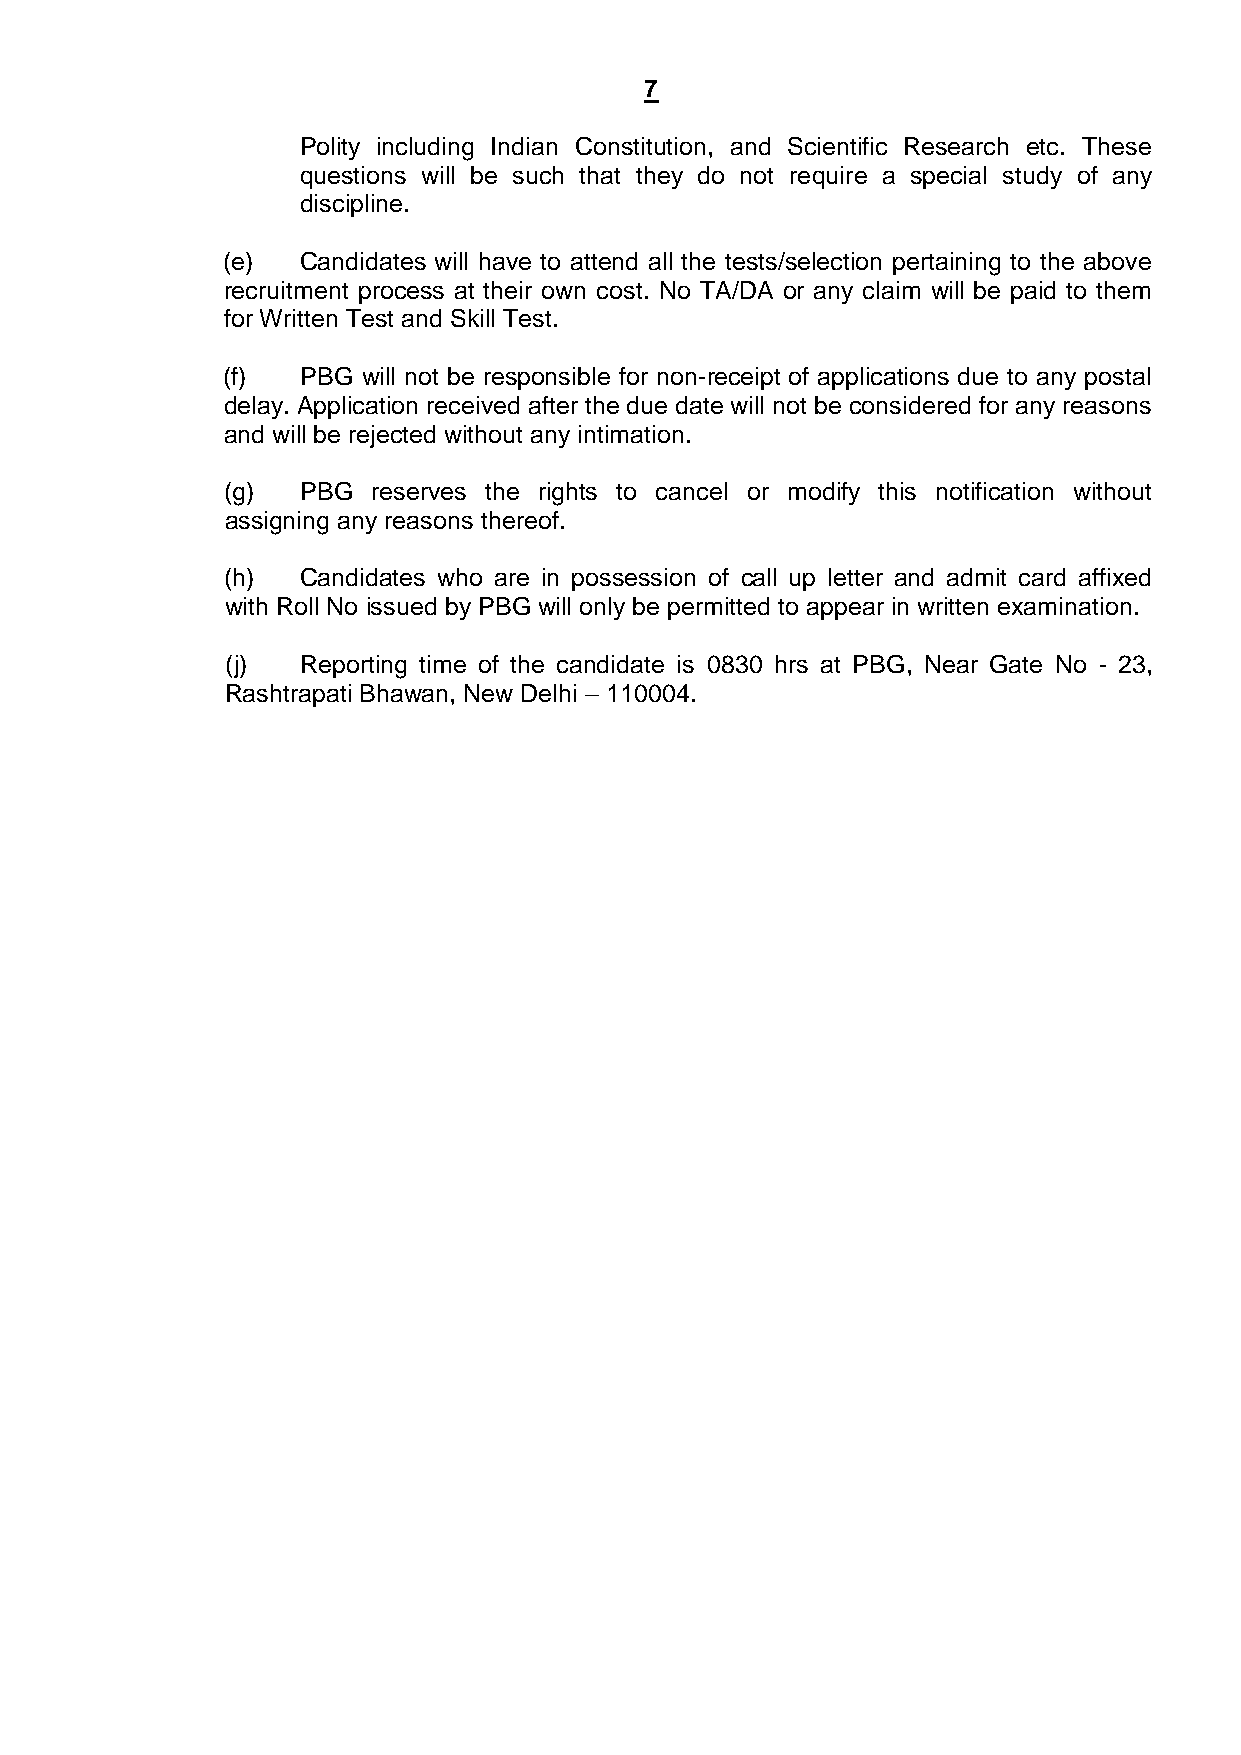
7
 Polity including Indian Constitution, and Scientific Research etc. These
 questions will be such that they do not require a special study of any
 discipline.
 (e)  Candidates will have to attend all the tests/selection pertaining to the above
 recruitment process at their own cost. No TA/DA or any claim will be paid to them
 for Written Test and Skill Test.
 (f)  PBG will not be responsible for non-receipt of applications due to any postal
 delay. Application received after the due date will not be considered for any reasons
 and will be rejected without any intimation.
 (g)  PBG  reserves the rights to cancel or modify this notification without
 assigning any reasons thereof.
 (h)  Candidates who are in possession of call up letter and admit card affixed
 with Roll No issued by PBG will only be permitted to appear in written examination.
 (j)  Reporting time of the candidate is 0830 hrs at PBG, Near Gate No - 23,
 Rashtrapati Bhawan, New Delhi – 110004.